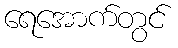
ရေအောက်တွင်